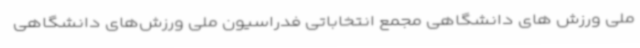
ملی ورزش های دانشگاهی مجمع انتخاباتی فدراسیون ملی ورزش‌های دانشگاهی